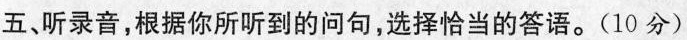
五、听录音,根据你所听到的问句,选择恰当的答语。(10分)